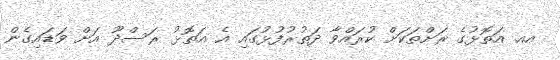
އއ. އަތޮޅުގެ ރަށްތަކަށް ކުރައްވާ ދަތުރުފުޅުގައި އެ އަތޮޅު ރަސްދޫ އަށް ވަޑައިގެން